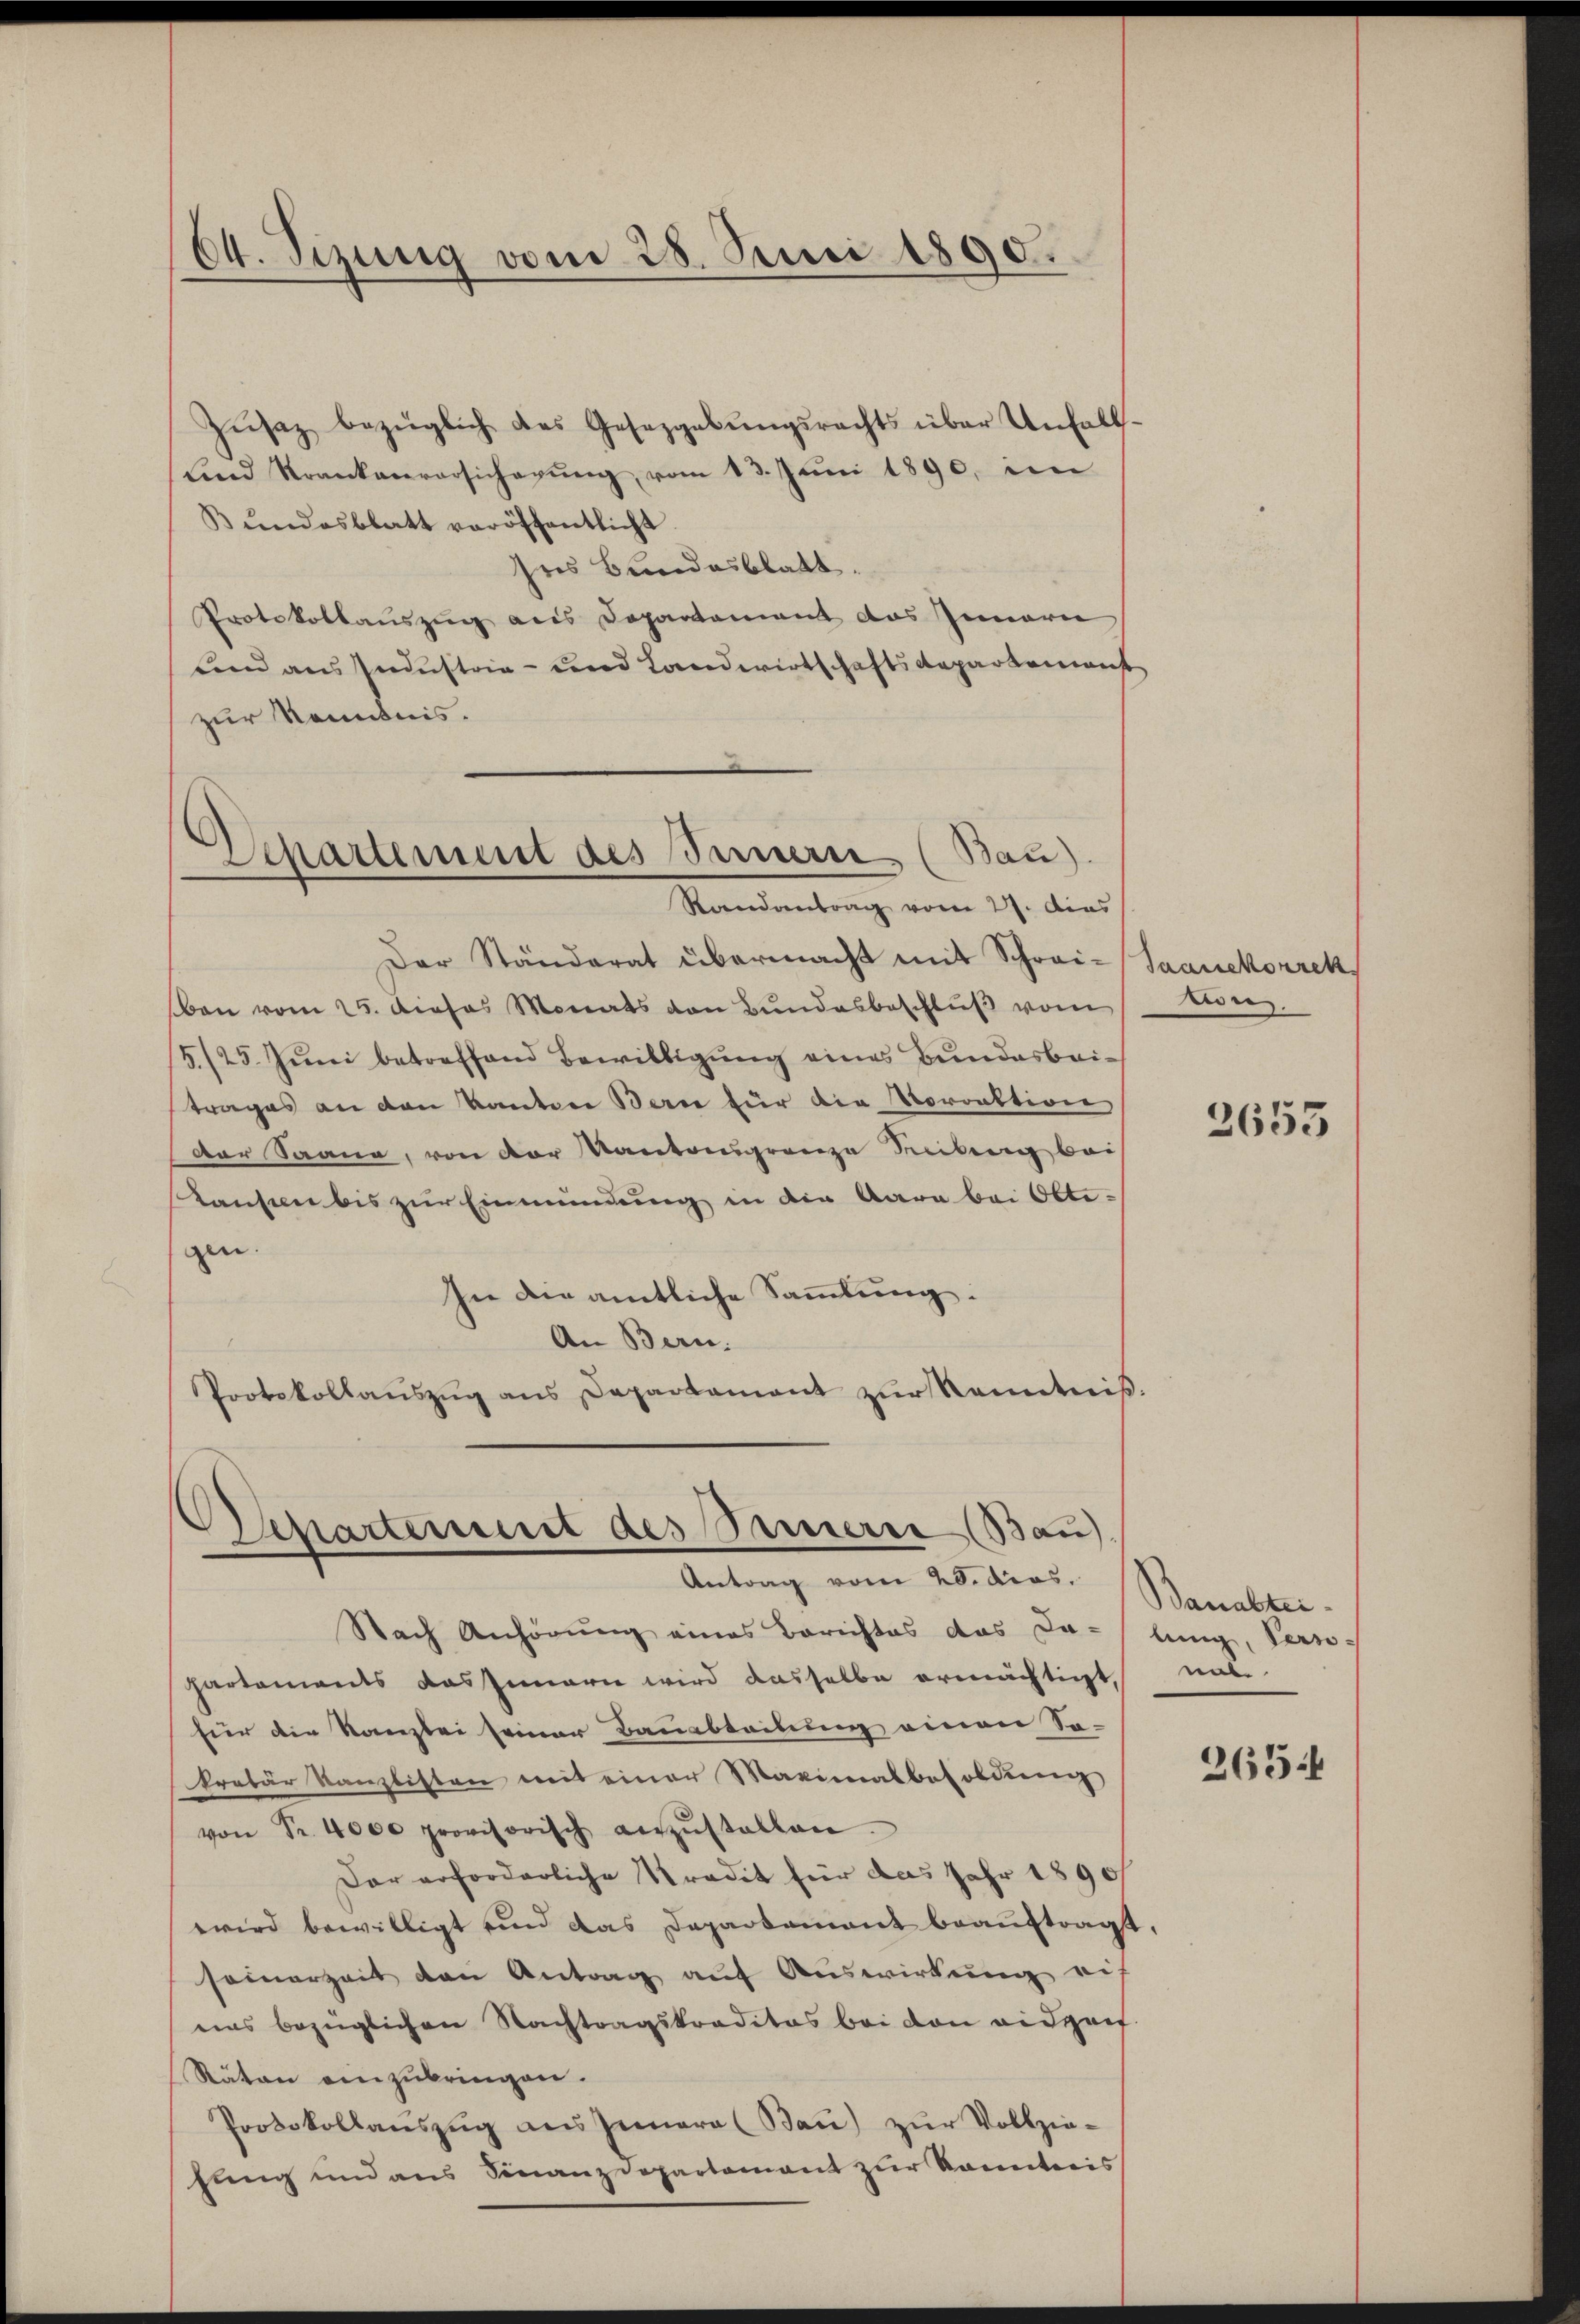
64. Sizung vom 28. Juni 1890.

Departement des Innern (Bau).
Randantrag vom 27. Das

Zŭsaz bezüglich das Gesetzgebŭngsrechts über Unfall
sind Krankenversicherŭng vom 13. Juni 1890, im
Bŭndesblatt veröffentlicht
ses Bundesblatt.
Protokollauszug aus Departement das Innern
und aus Industria - und Landwirtschaftsdepartement
zur Kenntnis.
Der Ständerat übermacht mit Schrei-Saanekorrek
ben vom 25. Dieses Monats von Bundesbeschluß vom
5./25. Juni betreffend Bewilligung eines Bundesbeitrages an den kanton Bern für die Vorrektion
der Saane, von der Kantongrenze Reiberg bei
Kanton bis zur Einmündung in die Gara bei Ottigen. |
In die amtliche Sammlung:
An Bern.
Protokollaŭszŭg ans Departament zŭr Kenntnis

Dhartement des Innerre (Bau).
Antrag vom er des Sanaten.

Nach Anhörung eines Berichtes das Da-/lung, Perso-
partements das Innern wird dasselbe ermächtigt,
für die Kanzlei seiner Bauabteilung einen Sa-
kretär Kanzlisten mit einer Maximalbesoldung
von Fr. 4000 provisorisch anzŭstellen
Der erforderliche Tradit für das Jahr 1890
wird bewilligt und das Departement beauftragt,
somerzeit den Antrag auf Auswirkung auf
nas bezüglichen Nachtragskraditas bei den eidgen
Räten einzubringen.
Protokollanszŭg ans Jenara (Bau) zŭr Vollzie-
fling und aus Finanzdepartement zur konnteris

tion.

2653

nat.
265.